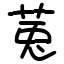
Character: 𫟏